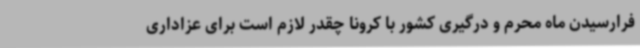
فرارسیدن ماه محرم و درگیری کشور با کرونا چقدر لازم است برای عزاداری